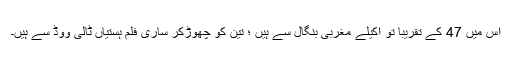
اس میں 47 کے تقریباً تو اکیلے مغربی بنگال سے ہیں ؛ تین کو چھوڑ‌کر ساری فلم ہستیاں ٹالی ووڈ سے ہیں۔